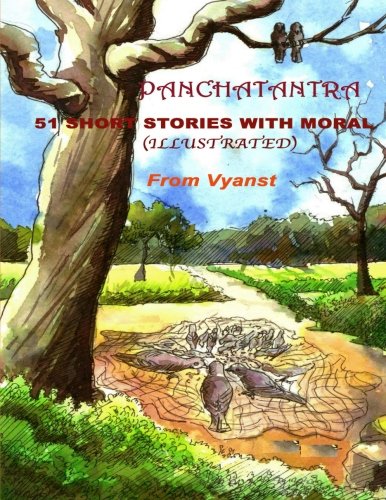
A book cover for Panchatantra - 51 short stories with Moral: Illustrated; Pandit Vishnu Sharman; Children's Books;